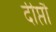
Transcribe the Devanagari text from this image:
दीप्तौ